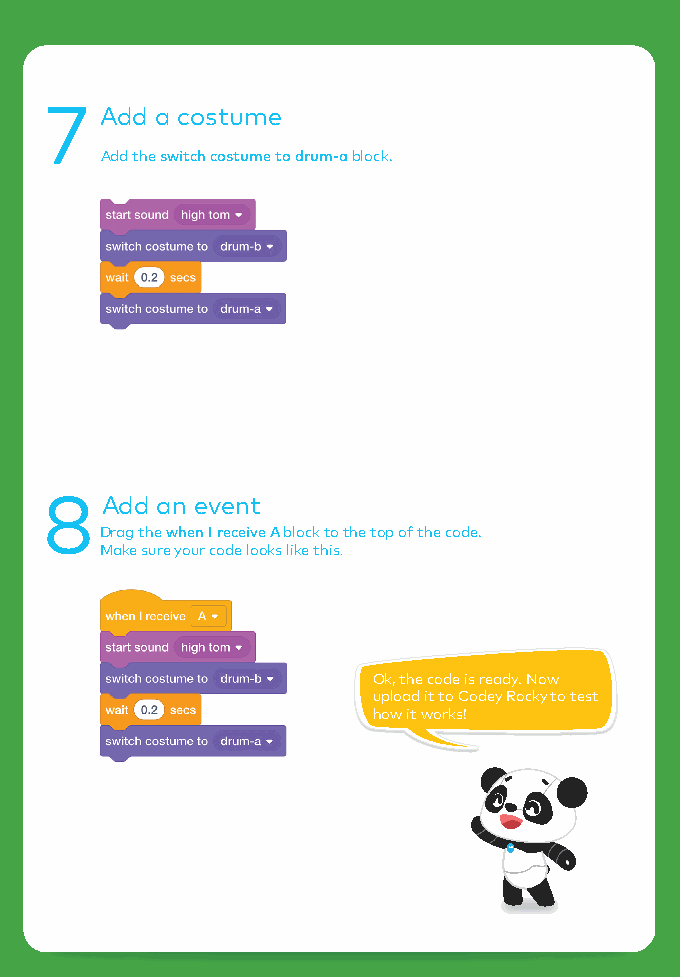
7   Add a costume
 Add the switch costume to drum-a block.
 8   Add an event
 Drag the when I receive A block to the top of the code.
 Make sure your code looks like this.
 Ok, the code is ready. Now
 upload it to Codey Rocky to test
 how it works!